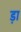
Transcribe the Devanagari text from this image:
ड़ा